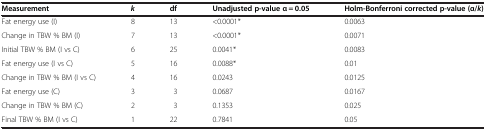
<table><thead><tr><td><b>Measurement</b></td><td><b><i>k</i></b></td><td><b>df</b></td><td><b>Unadjusted p-value α = 0.05</b></td><td><b>Holm-Bonferroni corrected p-value (α/<i>k</i>)</b></td></tr></thead><tbody><tr><td>Fat energy use (I)</td><td>8</td><td>13</td><td>&lt;0.0001*</td><td>0.0063</td></tr><tr><td>Change in TBW % BM (I)</td><td>7</td><td>13</td><td>&lt;0.0001*</td><td>0.0071</td></tr><tr><td>Initial TBW % BM (I vs C)</td><td>6</td><td>25</td><td>0.0041*</td><td>0.0083</td></tr><tr><td>Fat energy use (I vs C)</td><td>5</td><td>16</td><td>0.0088*</td><td>0.01</td></tr><tr><td>Change in TBW % BM (I vs C)</td><td>4</td><td>16</td><td>0.0243</td><td>0.0125</td></tr><tr><td>Fat energy use (C)</td><td>3</td><td>3</td><td>0.0687</td><td>0.0167</td></tr><tr><td>Change in TBW % BM (C)</td><td>2</td><td>3</td><td>0.1353</td><td>0.025</td></tr><tr><td>Final TBW % BM (I vs C)</td><td>1</td><td>22</td><td>0.7841</td><td>0.05</td></tr></tbody></table>